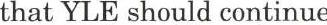
that YLE should continue